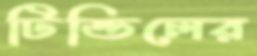
টিন্ডিলের